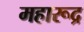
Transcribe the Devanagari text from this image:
महारूद्र